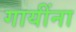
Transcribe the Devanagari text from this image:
गायींना